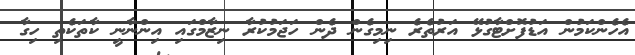
އެހެންކަމުން އަޑުފޮށްޓާގުޅޭ އަރުތެރެ ނިމިގެން ދެން ހަޖަމުކުރާ ނިޒާމްގައި އިންނާނީ ކާތަކެތި ހިގާ